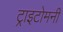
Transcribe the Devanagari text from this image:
ट्राइटोमनी